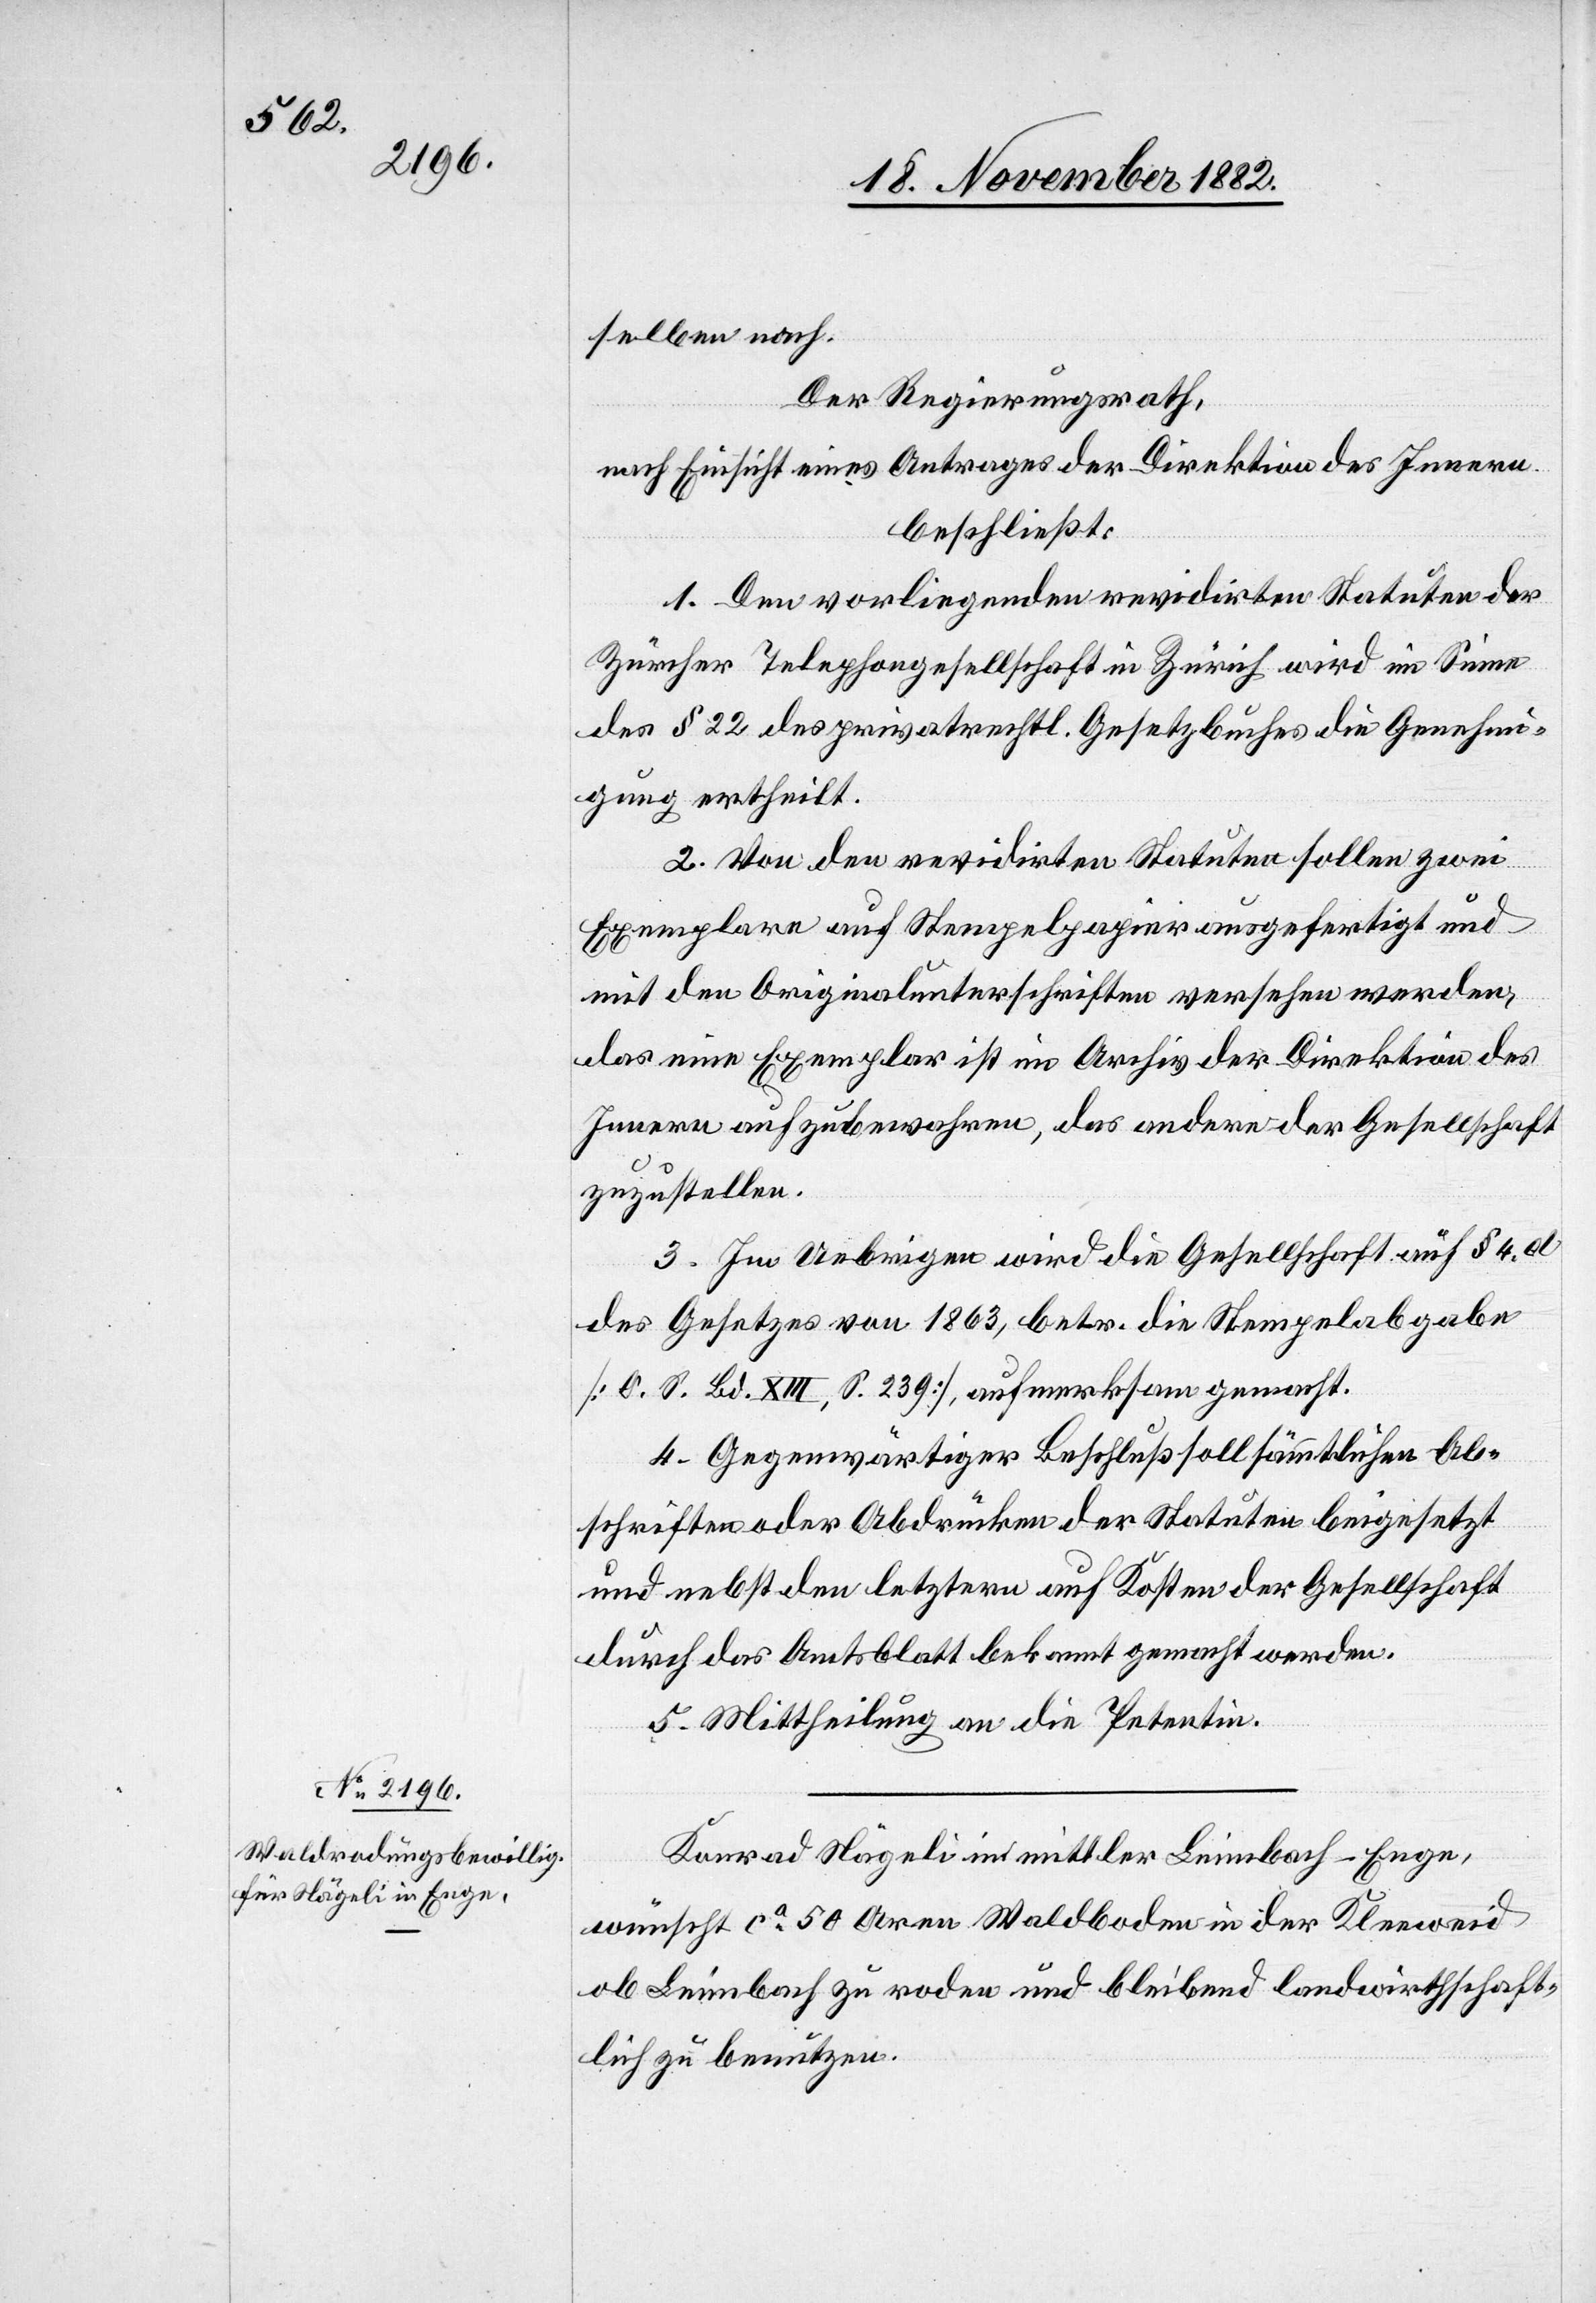
selben nach.
Der Regierungsrath,
nach Einsicht eines Antrages der Direktion des Innern
beschließt:
1. Den vorliegenden revidierten Statuten der
Zürcher Telephongesellschaft in Zürich wird im Sinne
des § 22 des privatrechtl. Gesetzbuches die Genehmi¬
gung ertheilt.
2. Von den revidirten Statuten sollen zwei
Exemplare auf Stempelpapier ausgefertigt und
mit den Originalunterschriften versehen werden,
das eine Exemplar ist im Archiv der Direktion des
Innern aufzubewahren, das andere der Gesellschaft
zuzustellen.
3. Im Uebrigen wird die Gesellschaft auf § 4. d
des Gesetzes von 1863, betr. die Stempelabgabe
[O. S. Bd. XIII, S: 239], aufmerksam gemacht.
4. Gegenwärtiger Beschluß soll sämmtlichen Ab¬
schriften oder Abdrücken der Statuten beigesetzt
und nebst den letztern auf Kosten der Gesellschaft
durch das Amtsblatt bekannt gemacht werden.
5. Mittheilung an die Petentin.
Konrad Nägeli in mittler Leimbach - Enge,
wünscht ca 50 Aren Waldboden in der Kleeweid
ob Leimbach zu roden und bleibend landwirthschaft¬
lich zu benutzen.